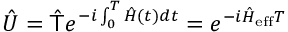
\hat { U } = \hat { \mathsf { T } } e ^ { - i \int _ { 0 } ^ { T } \hat { H } ( t ) d t } = e ^ { - i \hat { H } _ { \mathrm { e f f } } T }